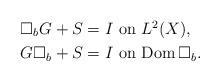
LaTeX: \begin{align*}&\mbox{$\Box_bG+S=I$ on $L^2(X)$},\\&\mbox{$G\Box_b+S=I$ on ${\rm Dom\,}\Box_b$}.\end{align*}